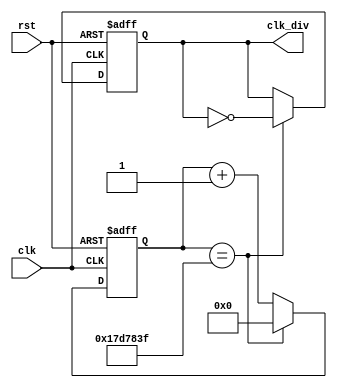
module  clk_divider#(parameter frecuencia = 1)(
	input clk, rst,
	output reg clk_div
);

reg [31:0] count;
parameter constantNumber = 50_000_000 / (2 * frecuencia);

always @(posedge clk or negedge rst)
begin

	if (rst == 1'b 0)
		count <= 32'b 0;
	else if (count == constantNumber - 1)
		count <= 32'b 0;
	else 
		count <= count + 1;
end

always @(posedge clk or negedge rst)
begin
	if(rst == 1'b 0)
		clk_div <= 1'b 0;
	else if(count == constantNumber - 1)
		clk_div <= ~clk_div;
	else
		clk_div <= clk_div;

end

endmodule